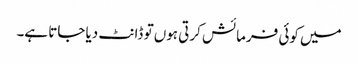
میں کوئی فرمائش کرتی ہوں تو ڈانٹ دیا جاتا ہے۔